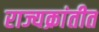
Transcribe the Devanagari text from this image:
राज्यक्रांतीत